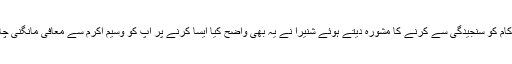
اپنے کام کو سنجیدگی سے کرنے کا مشورہ دیتے ہوئے شنیرا نے یہ بھی واضح کیا ایسا کرنے پر آپ کو وسیم اکرم سے معافی مانگنی چاہیئے۔